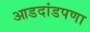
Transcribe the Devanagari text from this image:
आडदांडपणा